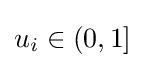
u_{i}\in (0,1]